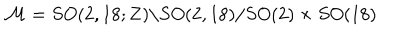
LaTeX: { \cal M } = S O ( 2 , 1 8 ; { \bf Z } ) \backslash S O ( 2 , 1 8 ) / S O ( 2 ) \times S O ( 1 8 )